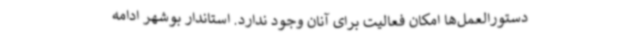
دستورالعمل‌ها امکان فعالیت برای آنان وجود ندارد. استاندار بوشهر ادامه